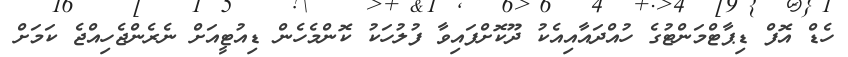
ހެޑް އޮފް ޑިޕާޓްމަންޓުގެ ހުއްދައާއިއެކު ދޫކޮށްފައިވާ ފުލުހަކު ކޮންމެހެން ޑިއުޓީއަށް ނެރެންޖެހިއްޖެ ކަމަށް